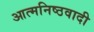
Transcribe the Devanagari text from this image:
आत्मनिष्ठवादी